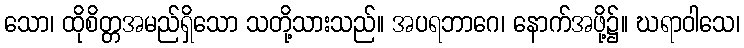
သော၊ ထိုစိတ္တအမည်ရှိသော သတို့သားသည်။ အပရဘာဂေ၊ နောက်အဖို့၌။ ဃရာဝါသေ၊